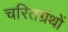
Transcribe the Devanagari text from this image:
चरितग्रंथों